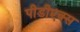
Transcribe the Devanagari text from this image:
पीडीएक्स